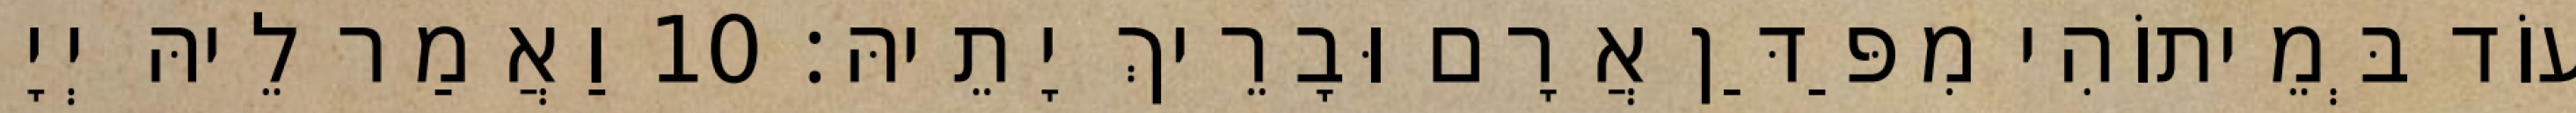
עוֹד בְּמֵיתוֹהִי מִפַּדַּן אֲרָם וּבָרֵיךְ יָתֵיהּ׃ 10 וַאֲמַר לֵיהּ יְיָ